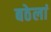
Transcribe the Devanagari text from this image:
बठेलां